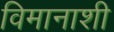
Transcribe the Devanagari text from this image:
विमानाशी